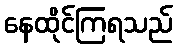
နေထိုင်ကြရသည်